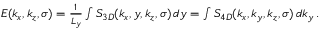
\begin{array} { r } { E ( k _ { x } , k _ { z } , \sigma ) = \frac { 1 } { L _ { y } } \int S _ { 3 D } ( k _ { x } , y , k _ { z } , \sigma ) \, d y = \int S _ { 4 D } ( k _ { x } , k _ { y } , k _ { z } , \sigma ) \, d k _ { y } \, . } \end{array}